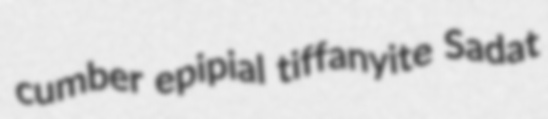
cumber epipial tiffanyite Sadat